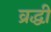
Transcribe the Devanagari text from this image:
व्रद्धी